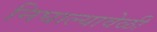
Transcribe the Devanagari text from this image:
निघाल्यावेळी